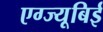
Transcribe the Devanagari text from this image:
एग्ज्यूबिई